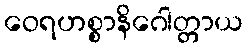
ဝေရဟစ္စာနိဂေါတ္တာယ